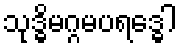
သုဒ္ဓိမဂ္ဂမပရဒ္ဓေါ